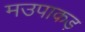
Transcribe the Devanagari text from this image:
मउपाकड़